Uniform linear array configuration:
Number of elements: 12
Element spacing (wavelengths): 0.5
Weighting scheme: binomial
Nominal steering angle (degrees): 60
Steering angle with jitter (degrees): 61.966
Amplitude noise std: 0.05
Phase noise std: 0.05

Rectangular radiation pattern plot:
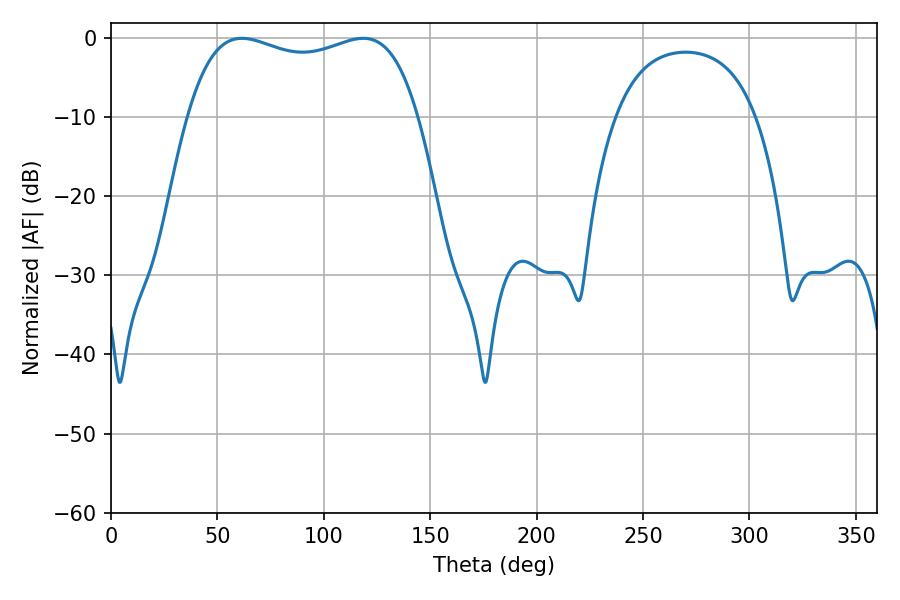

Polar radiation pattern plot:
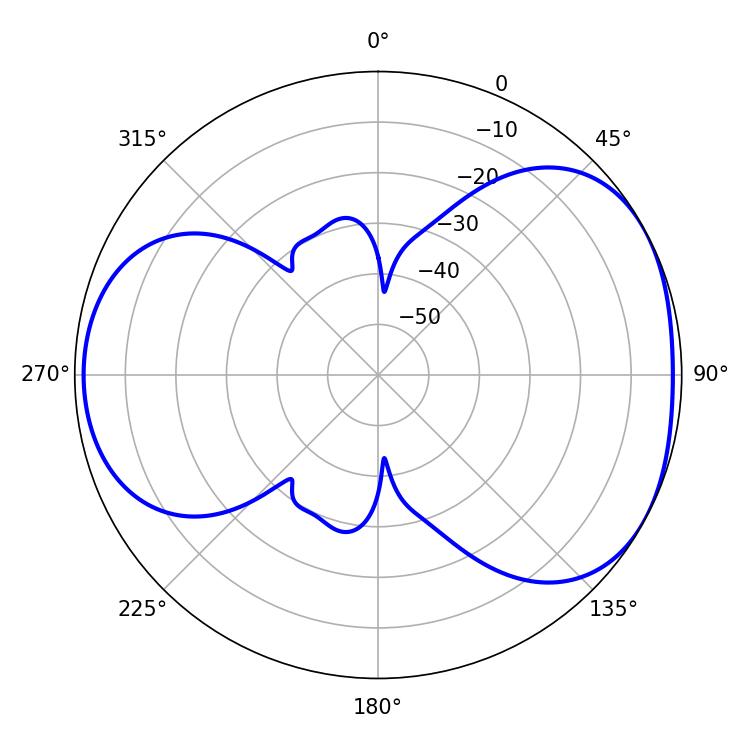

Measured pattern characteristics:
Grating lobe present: FALSE
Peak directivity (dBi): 4.52
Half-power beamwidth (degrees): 88.2
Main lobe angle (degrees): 61.56